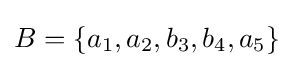
B=\{a_{1},a_{2},b_{3},b_{4},a_{5}\}